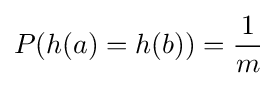
P(h(a)=h(b))={\frac {1}{m}}